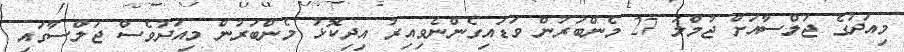
މިއަދުގެ ޖަލްސާއަށް ޖުމްލަ 27 މެންބަރުން ވަޑައިގެންނެވިއިރު އިދިކޮޅު މެންބަރުން މިއަދުވެސް ޖަލްސާގައި